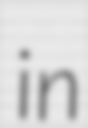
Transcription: in